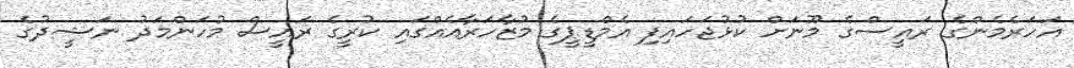
އަހަރެމެންގެ ރައީސްގެ މޫނަށް ކުޅުޖަހައިފި އެމްޑީޕީގެ މުޒާހަރާއެއްގައި ކުރީގެ ރައީސް މުހަންމަދު ނަޝީދުގެ